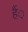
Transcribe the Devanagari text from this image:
हैं़